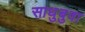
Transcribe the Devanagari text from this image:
साधुबुवा